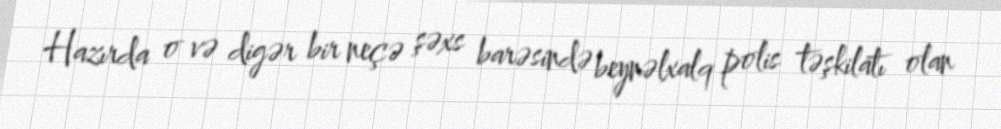
Hazırda o və digər bir neçə şəxs barəsində beynəlxalq polis təşkilatı olan